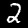
Digit: 2